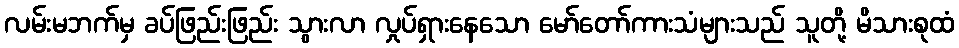
လမ်းမဘက်မှ ခပ်ဖြည်းဖြည်း သွားလာ လှုပ်ရှားနေသော မော်တော်ကားသံများသည် သူတို့ မိသားစုထံ